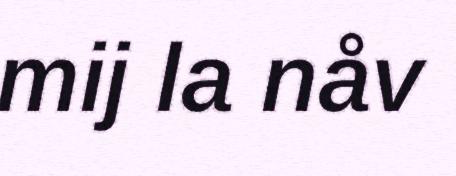
mij la nåv